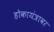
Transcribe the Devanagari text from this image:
होकायंत्रावर